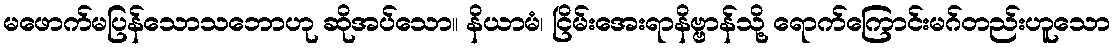
မဖောက်မပြန်သောသဘောဟု ဆိုအပ်သော။ နိယာမံ၊ ငြိမ်းအေးရာနိဗ္ဗာန်သို့ ရောက်ကြောင်းမဂ်တည်းဟူသော